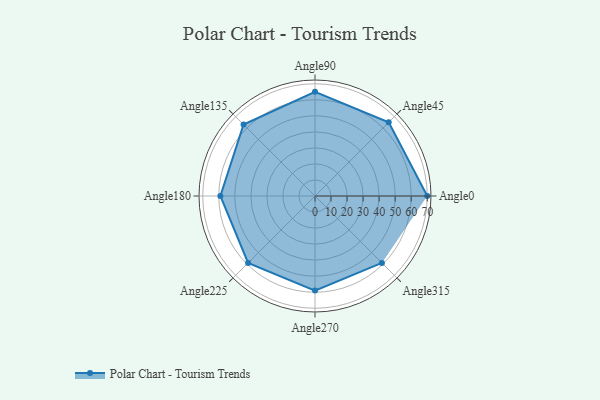
{"axis": {"x": "Angle", "y": "Radius"}, "legend": [""], "data": [{"x": "Angle0", "y": 70.0, "type": ""}, {"x": "Angle45", "y": 65.0, "type": ""}, {"x": "Angle90", "y": 65.0, "type": ""}, {"x": "Angle135", "y": 63.0, "type": ""}, {"x": "Angle180", "y": 59.0, "type": ""}, {"x": "Angle225", "y": 59.0, "type": ""}, {"x": "Angle270", "y": 59.0, "type": ""}, {"x": "Angle315", "y": 59.0, "type": ""}]}